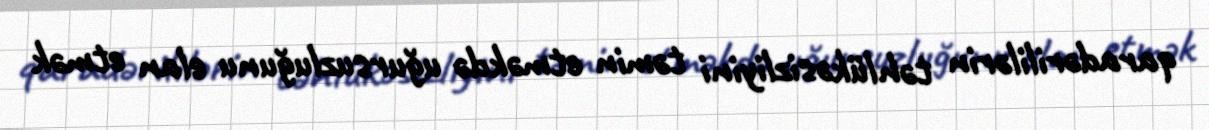
qaradərililərin təhlükəsizliyini təmin etməkdə uğursuzluğunu elan etmək